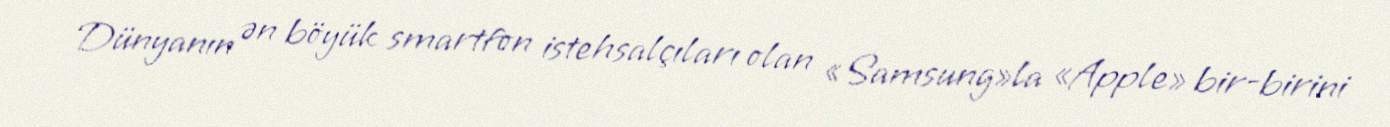
Dünyanın ən böyük smartfon istehsalçıları olan «Samsung»la «Apple» bir-birini